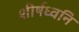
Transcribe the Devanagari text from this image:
शीर्षध्वनि